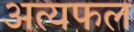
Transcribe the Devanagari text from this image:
अत्यफल